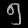
Digit: ၅